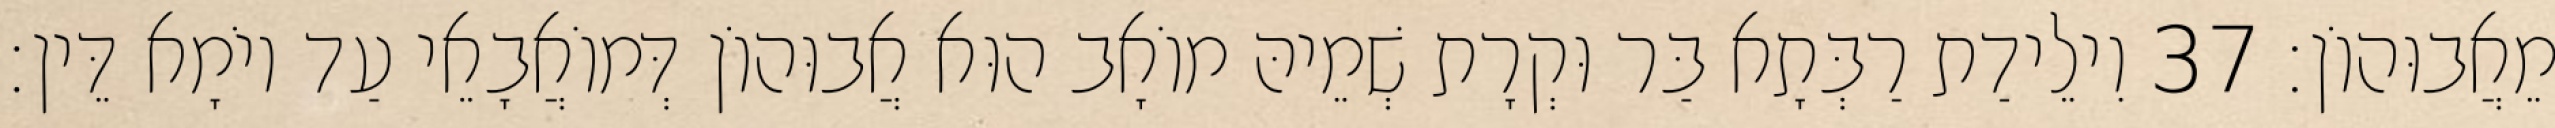
מֵאֲבוּהוֹן׃ 37 וִילֵידַת רַבְּתָא בַּר וּקְרָת שְׁמֵיהּ מוֹאָב הוּא אֲבוּהוֹן דְּמוֹאֲבָאֵי עַד יוֹמָא דֵּין׃